Cholera in India, 1862 to 1881
Year: 1862
Disease focus: Cholera
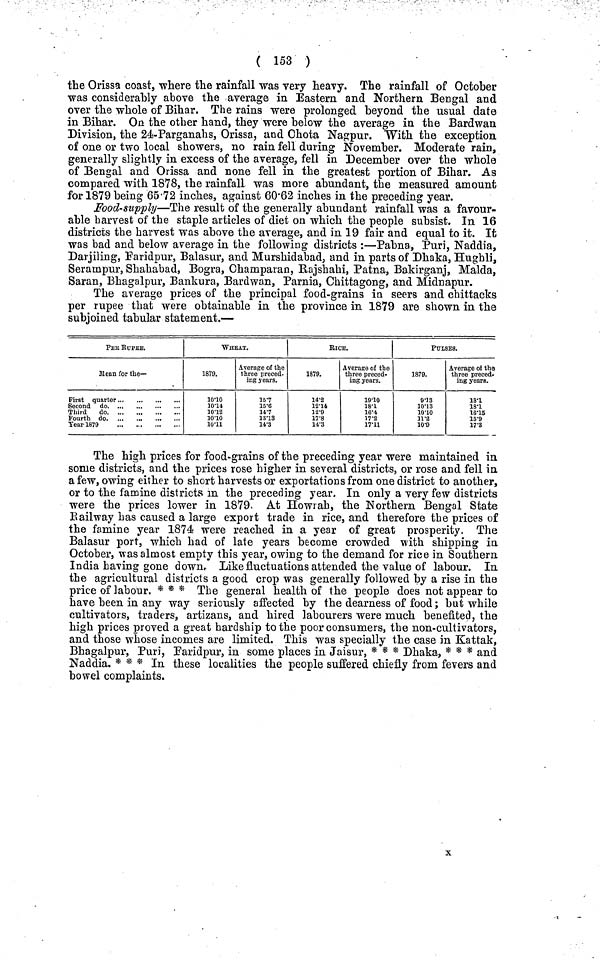
( 153 )
the Orissa coast, where the rainfall was very heavy. The rainfall of October
was considerably above the average in Eastern and Northern Bengal and
over the whole of Bihar. The rains were prolonged beyond the usual date
in Bihar. On the other hand, they were below the average in the Bardwan
Division, the 24-Parganahs, Orissa, and Chota Nagpur. With the exception
of one or two local showers, no rain fell during November. Moderate rain,
generally slightly in excess of the average, fell in December over the whole
of Bengal and Orissa and none fell in the greatest portion of Bihar. As
compared with 1878, the rainfall was more abundant, the measured amount
for 1879 being 65·72 inches, against 60·62 inches in the preceding year.
Food-supply—The result of the generally abundant rainfall was a favour-
able harvest of the staple articles of diet on which the people subsist. In 16
districts the harvest was above the average, and in 19 fair and equal to it. It
was bad and below average in the following districts :—Pabna, Puri, Naddia,
Darjiling, Faridpur, Balasur, and Murshidabad, and in parts of Dhaka, Hughli,
Serampur, Shahabad, Bogra, Champaran, Rajshahi, Patna, Bakirganj, Malda,
Saran, Bhagalpur, Bankura, Bardwan, Parma, Chittagong, and Midnapur.
The average prices of the principal food-grains in seers and chittacks
per rupee that were obtainable in the province in 1879 are shown in the
subjoined tabular statement.—
PER RUPEE.
Mean for the—-
Second do. ..,
Third
do
Fourth do
Tear 1879
WHEAT.
1879.
10·10
10·14
10·12
10·10
10·11
Average of the
three preced.
ing years.
157
15·6
14·7
13·13
14·3
RICE.
1879.
14·2
12·14
12·9
17·8
14·3
Average of the
three preced-
ing years.
19·10
18·1
16·4
17·2
17·11
PULSES.
1879.
9·33
10·13
10·10
11·2
10·9
Average of the
three preced-
ing years.
18·1
18·1
16·15
15·9
17·3
The high prices for food-grains of the preceding year were maintained in
some districts, and the prices rose higher in several districts, or rose and fell in
a few, owing either to short harvests or exportations from one district to another,
or to the famine districts in the preceding year. In only a very few districts
were the prices lower in 1879. At Howrah, the Northern Bengal State
Railway has caused a large export trade in rice, and therefore the prices of
the famine year 1874 were reached in a year of great prosperity. The
Balasur port, which had of late years become crowded with shipping in
October, was almost empty this year, owing to the demand for rice in Southern
India having gone down. Like fluctuations attended the value of labour. In
the agricultural districts a good crop was generally followed by a rise in the
price of labour. * * * The general health of the people does not appear to
have been in any way seriously affected by the dearness of food; but while
cultivators, traders, artizans, and hired labourers were much benefited, the
high prices proved a great hardship to the poor consumers, the non-cultivators,
and those whose incomes are limited. This was specially the case in Kattak,
Bhagalpur, Puri, Faridpur, in some places in Jaisur, * * * Dhaka, * * * and
Naddia. * * * In these localities the people suffered chiefly from fevers and
bowel complaints.
x